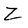
Character: Z